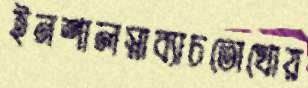
ইনশালস্নাব্যাচতোখোয়